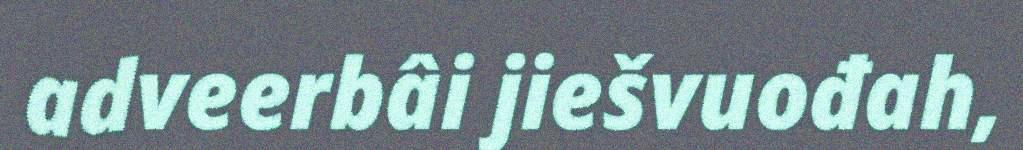
adveerbâi jiešvuođah,